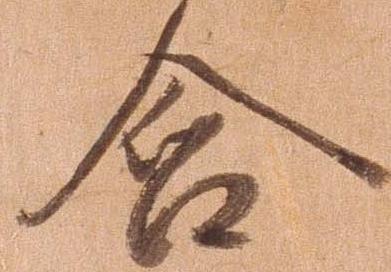
含